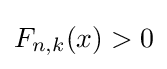
F_{n,k}(x)>0